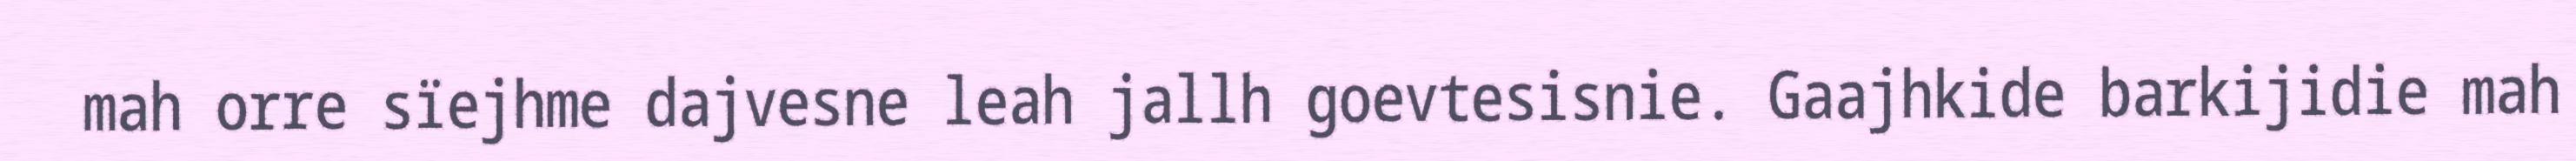
mah orre sïejhme dajvesne leah jallh goevtesisnie. Gaajhkide barkijidie mah